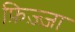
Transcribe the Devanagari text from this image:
फ़िज़्ज़ा